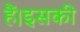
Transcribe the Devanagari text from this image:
हैं।इसकी